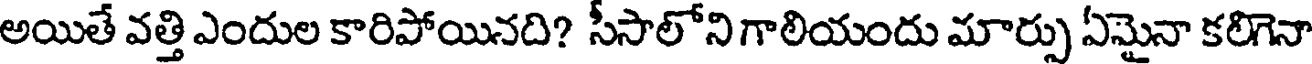
అయితే వత్తి ఎందుల కారిపోయినది? సీసాలోని గాలియందు మార్పు ఏమైనా కలిగెనా